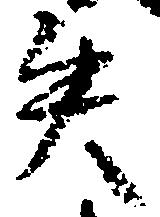
失